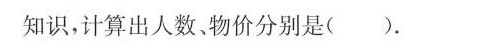
知识，计算出人数。物价分别是( )。